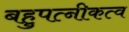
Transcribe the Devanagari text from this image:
बहुपत्नीकत्व